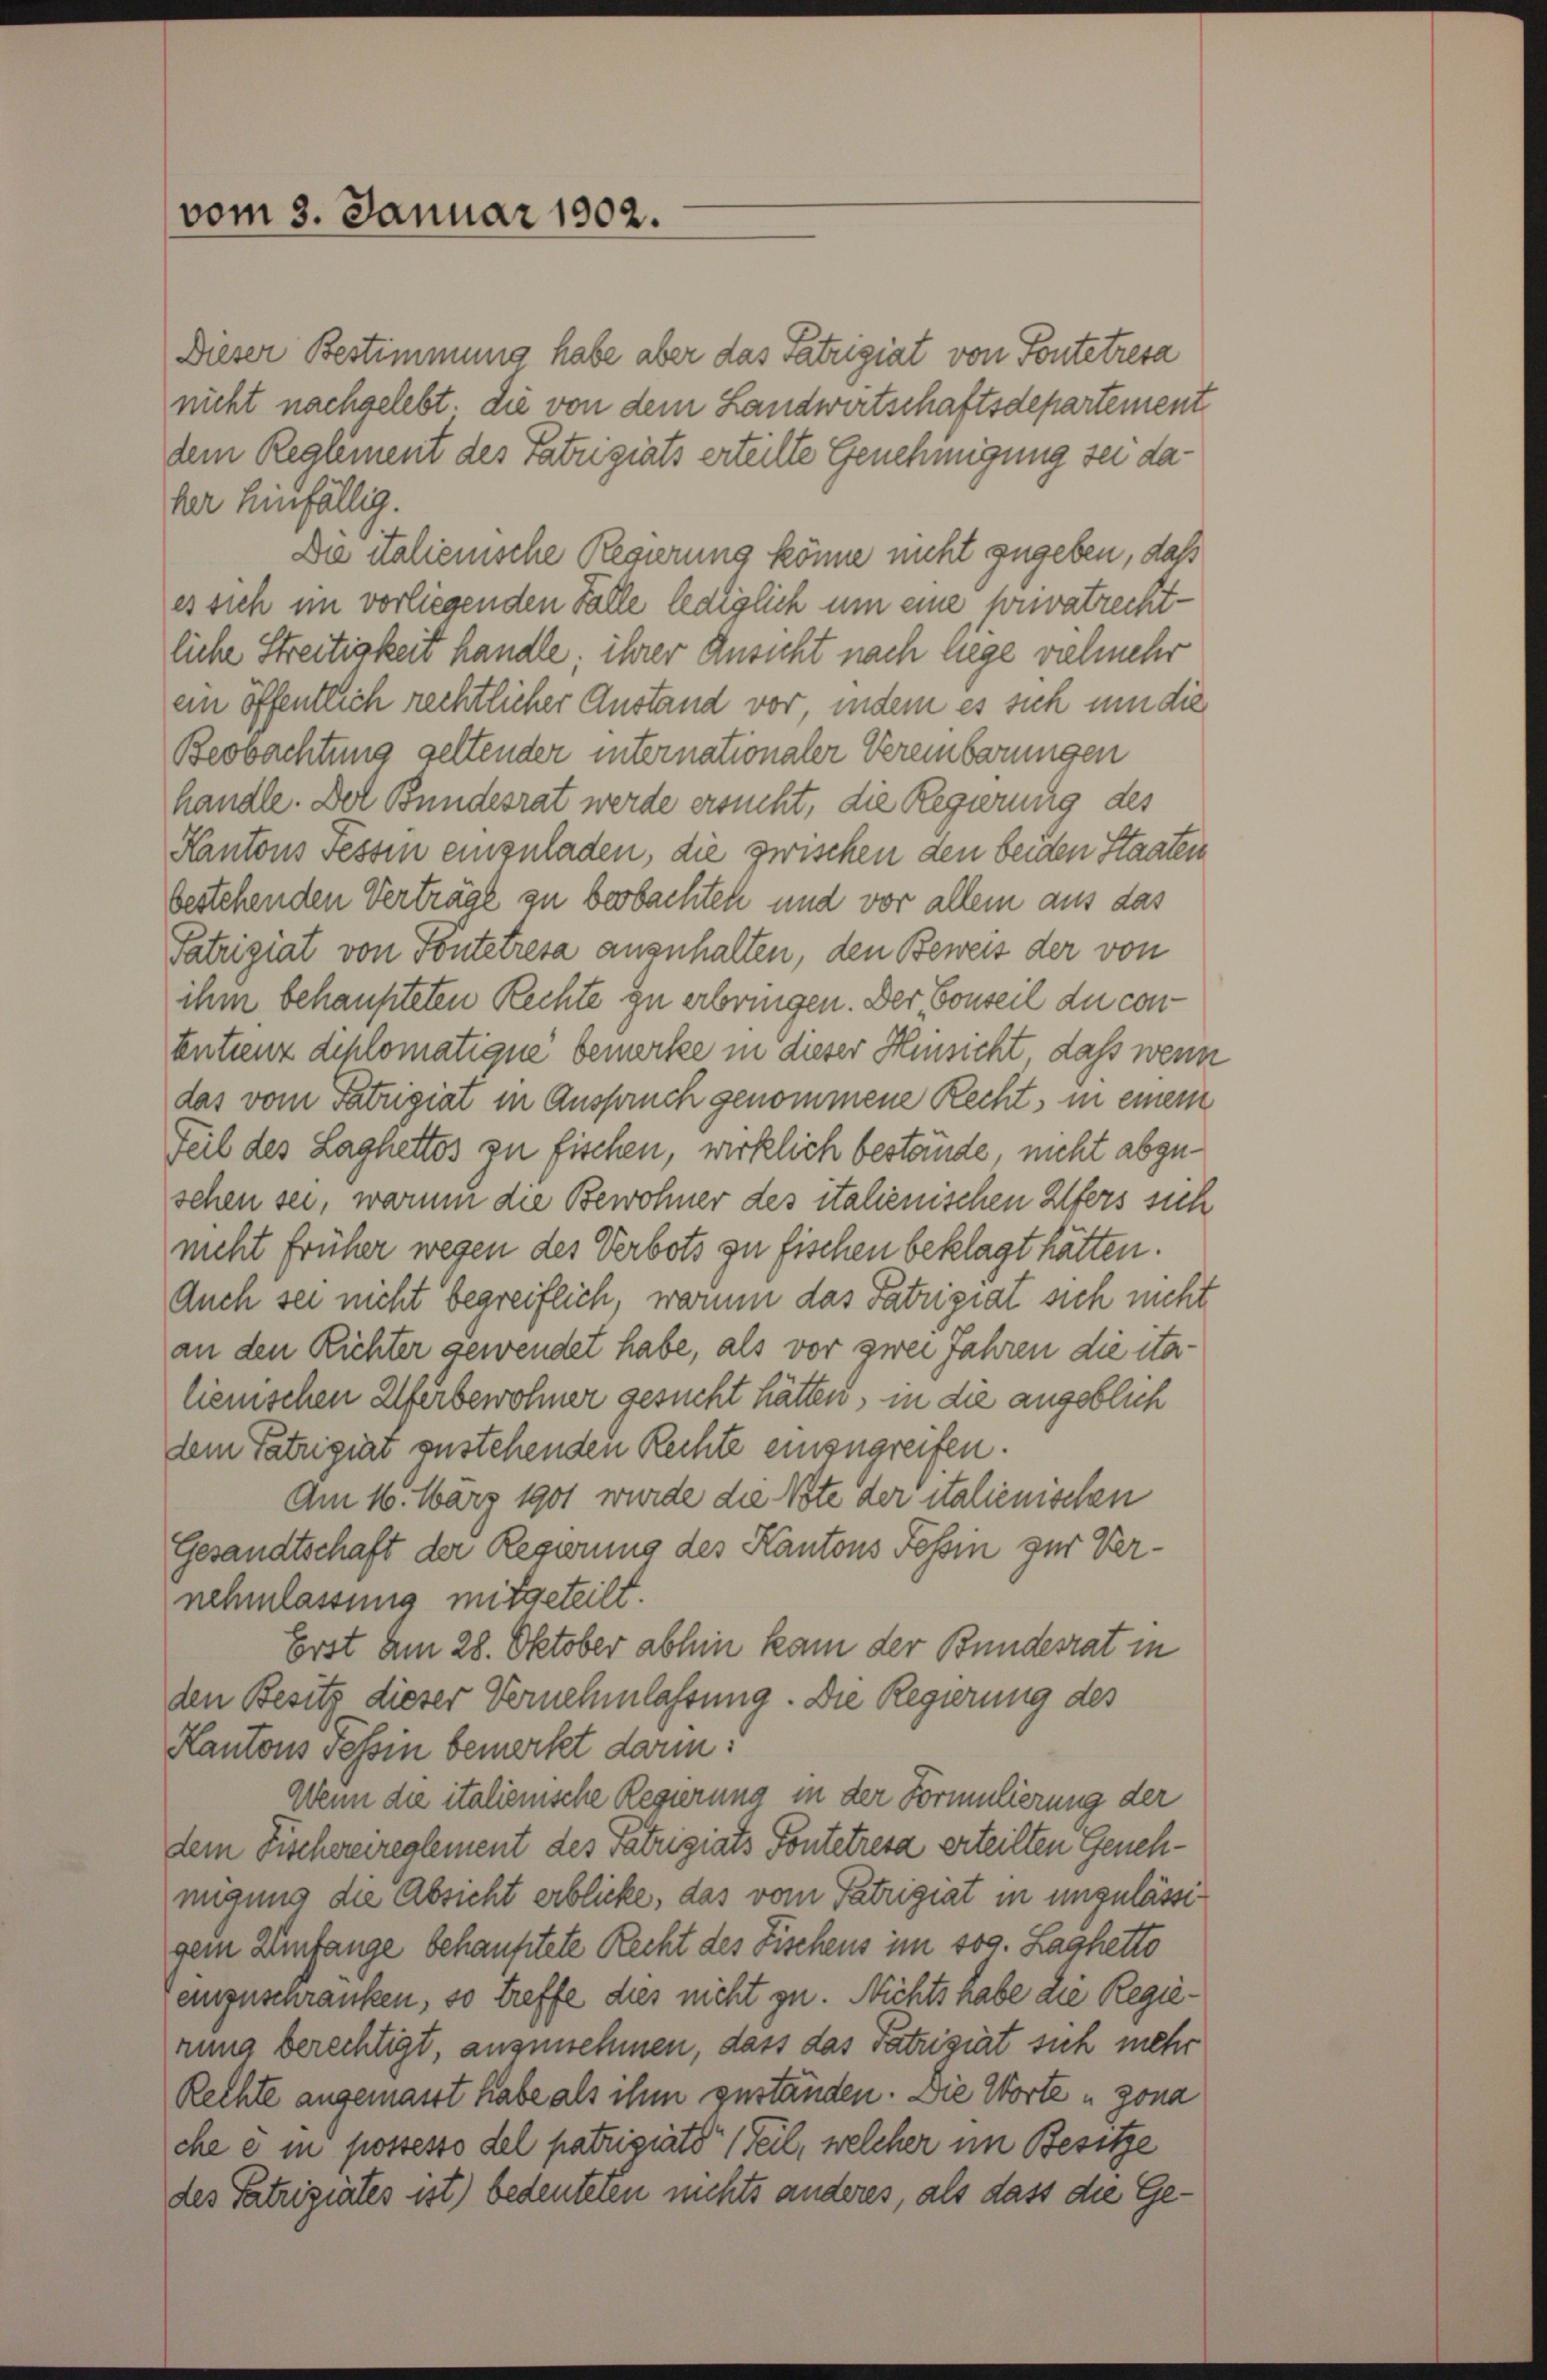
Dieser Bestimmung habe aber das Satzigiat von Fontetresa
nicht nachgelebt, die von dem Landwirtschaftsdepartement
dem Reglement des Patzigiats erteilte Genehmigung sei dader hinfällig.
Die italienische Regierung könne nicht zugeben, daß
es sich im vorliegenden Falle lediglich um eine privatrechtliche Streitigkeit handle; ihrer Ansicht nach liege vielmehr
ein öffentlich rechtlicher Anstand vor, indem es sich um die
Beobachtung geltender internationaler Vereinbarungen
handle. Der Bundesrat werde ersucht, die Regierung des
Kantons Tessin einzuladen, die zwischen den beiden Staaten
bestehenden Verträge zu beobachten und vor allem aus das
Patriziat von Pontetresa anzuhalten, den Beweis der von
ihm behaupteten Rechte zu erbringen. Der Conseil du con¬
Entienz diplomatique bemerke in dieser Hinsicht, daß wenn
das vom Patzigiat in Anspruch genommene Recht, in einem
Teil des Laghettes zu fischen, wirklich bestände, nicht abgesehen sei, warum die Bewohner des italienischen Ufers sich
nicht früher wegen des Verbots zu fischen beklagt hätten.
Auch sei nicht begreiflich, warum das Patriziat sich nicht
an den Richter gewendet habe, als vor zwei Jahren die ita-
lienischen Uferbewohner gesucht hätten, in die angeblich
dem Patrigirt zustehenden Rechte einzugreifen.
Am 16. März 1901 wurde die Note der italienischen
Gesandtschaft der Regierung des Kantons Tessin zur Vernehmlassung mitgeteilt.
Erst am 28. Oktober abhin kam der Bundesrat in
den Besitz dieser Vernehmlassung. Die Regierung des
Kantons Tessin bemerkt darin!
Wenn die italienische Regierung in der Formulierung der
dem Fischereireglement des Patrigiats Pontetresa erteilten Genehmigung die Absicht erblicke, das vom Patrigiat in unzulässigem Umfange behauptete Recht des Fischens im sog. Laahetto
einzuschranken, so treffe dies nicht zu. Nichts habe die Regierung berechtigt, anzunehmen, dass das Patriziat sich mehr
Rechte angemasst habe als ihm zuständen. Die Worte u gona
che es in possesso del patriziato Teil, welcher im Besitze
des Patriziates ist) bedeuteten nichts anderes, als dass die Ge¬

vom 3. Januar 1902.